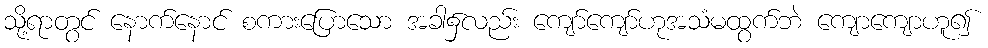
သို့ရာတွင် နောက်နောင် စကားပြောသော အခါ၌လည်း ကျော်ကျော်ဟုအသံမထွက်ဘဲ ကျောကျောဟူ၍